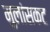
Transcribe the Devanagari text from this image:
मुलांसकट